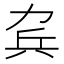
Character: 𠡥